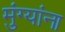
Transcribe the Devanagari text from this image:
मुंग्यांना